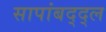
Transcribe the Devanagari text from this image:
सापांबद्द्ल